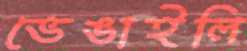
ভেঙাইলি